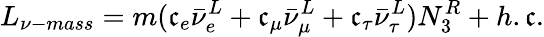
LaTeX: L_{\nu-mass}=m(\mathfrak{c}_{e}\bar{{\nu}}_{e}^{L}+\mathfrak{c}_{\mu}\bar{{\nu}}_{\mu}^{L}+\mathfrak{c}_{\tau}\bar{{\nu}}_{\tau}^{L})N_{3}^{R}+h.\mathfrak{c}.